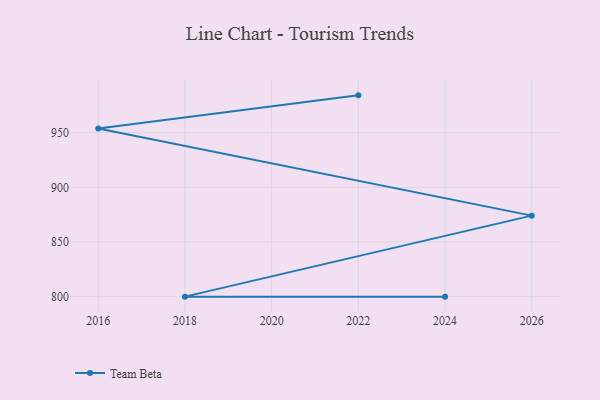
{"axis": {"x": "Year", "y": "Waste Production (Tons)"}, "legend": ["Team Beta"], "data": [{"x": "2022", "y": 984.1, "type": "Team Beta"}, {"x": "2016", "y": 953.7, "type": "Team Beta"}, {"x": "2026", "y": 874.1, "type": "Team Beta"}, {"x": "2018", "y": 800, "type": "Team Beta"}, {"x": "2024", "y": 800, "type": "Team Beta"}]}